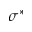
\sigma ^ { * }